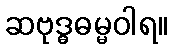
ဆဗုဒ္ဓဓမ္မဝါရ။